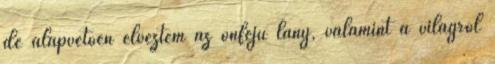
de alapvetően élveztem az önfejű lány, valamint a világról